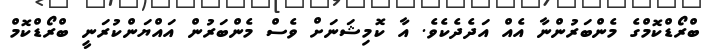
ބްރޯޑްކޮމްގެ މެންބަރުންނާ އެއް އަދެދެކެވެ. އާ ކޮމިޝަނަށް ވެސް މެންބަރުން އައްޔަންކުރަނީ ބްރޯޑްކޮމް